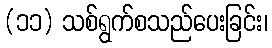
(၁၁) သစ်ရွက်စသည်ပေးခြင်း၊